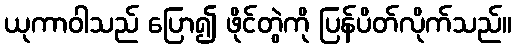
ယုကာဝါသည် ပြော၍ ဖိုင်တွဲကို ပြန်ပိတ်လိုက်သည်။